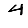
Digit: 4